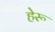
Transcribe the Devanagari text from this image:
हेरू